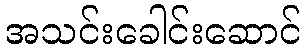
အသင်းခေါင်းဆောင်